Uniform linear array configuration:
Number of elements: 24
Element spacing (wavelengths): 0.25
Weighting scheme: uniform
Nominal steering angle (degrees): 30
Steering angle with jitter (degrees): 30.852
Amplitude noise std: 0.05
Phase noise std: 0.05

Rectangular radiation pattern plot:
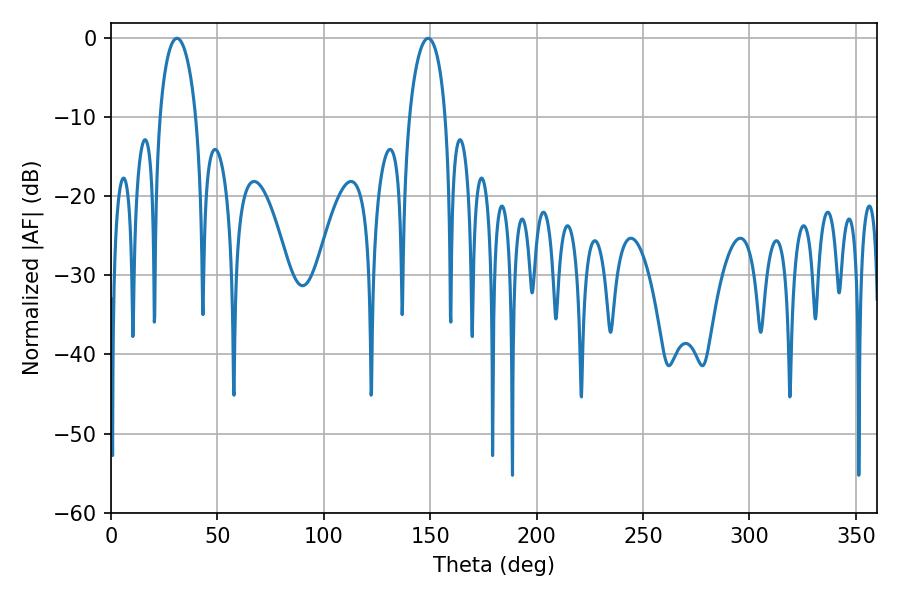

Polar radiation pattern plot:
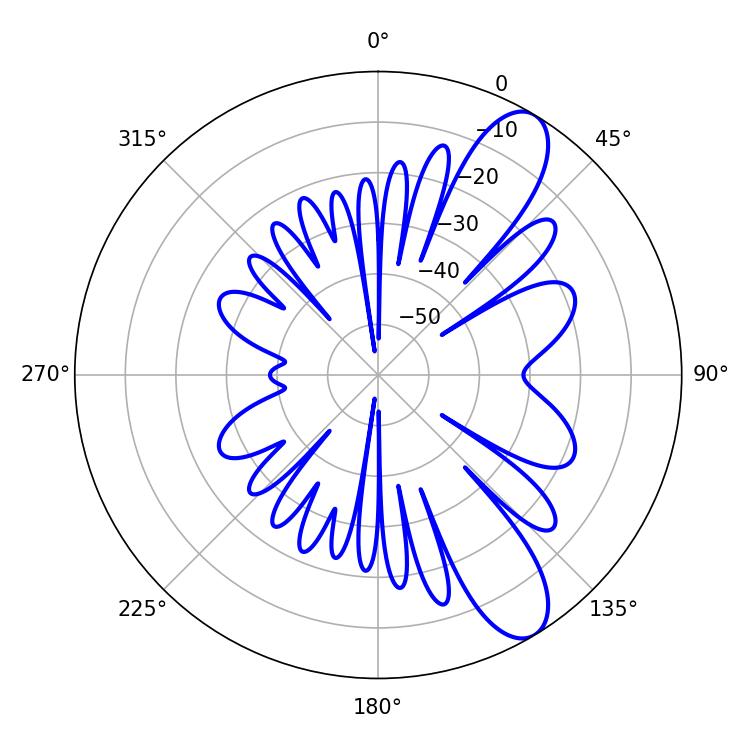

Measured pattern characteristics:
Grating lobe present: FALSE
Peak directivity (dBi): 10.054
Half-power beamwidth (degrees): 9.72
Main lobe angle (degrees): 30.96